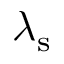
\lambda _ { \mathrm { s } }